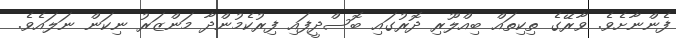
ފެންނާށެވެ. ވާރޭގެ ތިކިތައް ބިއްލޫރި ދޮރުގައި ބޮސްދީފައި ފިރުކެމުންދާ މަންޒަރު ނިކަން ނަލައެވެ.